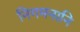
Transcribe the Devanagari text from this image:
निगमनानि